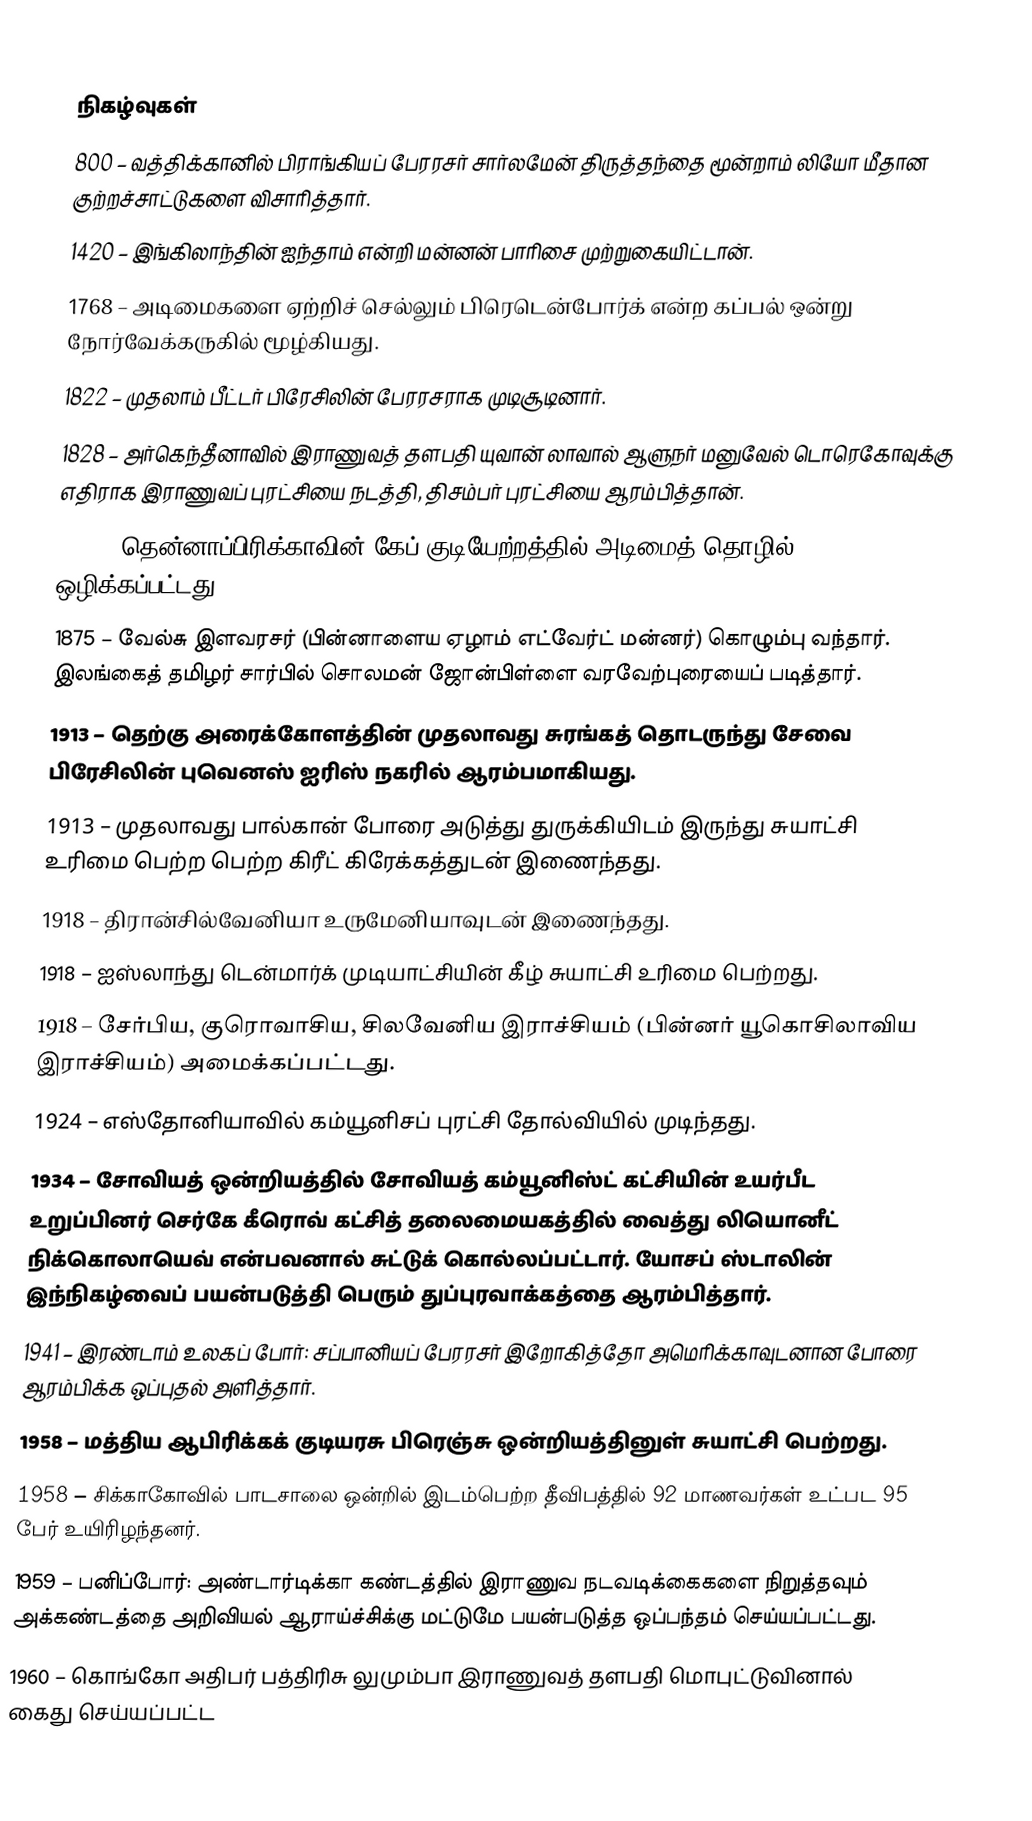

நிகழ்வுகள்
 800 – வத்திக்கானில் பிராங்கியப் பேரரசர் சார்லமேன் திருத்தந்தை மூன்றாம் லியோ மீதான குற்றச்சாட்டுகளை விசாரித்தார்.
1420 – இங்கிலாந்தின் ஐந்தாம் என்றி மன்னன் பாரிசை முற்றுகையிட்டான்.
1768 – அடிமைகளை ஏற்றிச் செல்லும் பிரெடென்போர்க் என்ற கப்பல் ஒன்று நோர்வேக்கருகில் மூழ்கியது.
1822 – முதலாம் பீட்டர் பிரேசிலின் பேரரசராக முடிசூடினார்.
1828 – அர்கெந்தீனாவில் இராணுவத் தளபதி யுவான் லாவால் ஆளுநர் மனுவேல் டொரெகோவுக்கு எதிராக இராணுவப் புரட்சியை நடத்தி, திசம்பர் புரட்சியை ஆரம்பித்தான்.
1834 – தென்னாப்பிரிக்காவின் கேப் குடியேற்றத்தில் அடிமைத் தொழில் ஒழிக்கப்பட்டது.
1875 – வேல்சு இளவரசர் (பின்னாளைய ஏழாம் எட்வேர்ட் மன்னர்) கொழும்பு வந்தார். இலங்கைத் தமிழர் சார்பில் சொலமன் ஜோன்பிள்ளை வரவேற்புரையைப் படித்தார்.
1913 – தெற்கு அரைக்கோளத்தின் முதலாவது சுரங்கத் தொடருந்து சேவை பிரேசிலின் புவெனஸ் ஐரிஸ் நகரில் ஆரம்பமாகியது.
1913 – முதலாவது பால்கான் போரை அடுத்து துருக்கியிடம் இருந்து சுயாட்சி உரிமை பெற்ற பெற்ற கிரீட் கிரேக்கத்துடன் இணைந்தது.
1918 – திரான்சில்வேனியா உருமேனியாவுடன் இணைந்தது.
1918 – ஐஸ்லாந்து டென்மார்க் முடியாட்சியின் கீழ் சுயாட்சி உரிமை பெற்றது.
1918 – சேர்பிய, குரொவாசிய, சிலவேனிய இராச்சியம் (பின்னர் யூகொசிலாவிய இராச்சியம்) அமைக்கப்பட்டது.
1924 – எஸ்தோனியாவில் கம்யூனிசப் புரட்சி தோல்வியில் முடிந்தது.
1934 – சோவியத் ஒன்றியத்தில் சோவியத் கம்யூனிஸ்ட் கட்சியின் உயர்பீட உறுப்பினர் செர்கே கீரொவ் கட்சித் தலைமையகத்தில் வைத்து லியொனீட் நிக்கொலாயெவ் என்பவனால் சுட்டுக் கொல்லப்பட்டார். யோசப் ஸ்டாலின் இந்நிகழ்வைப் பயன்படுத்தி பெரும் துப்புரவாக்கத்தை ஆரம்பித்தார்.
1941 – இரண்டாம் உலகப் போர்: சப்பானியப் பேரரசர் இறோகித்தோ அமெரிக்காவுடனான போரை ஆரம்பிக்க ஒப்புதல் அளித்தார்.
1958 – மத்திய ஆபிரிக்கக் குடியரசு பிரெஞ்சு ஒன்றியத்தினுள் சுயாட்சி பெற்றது.
1958 – சிக்காகோவில் பாடசாலை ஒன்றில் இடம்பெற்ற தீவிபத்தில் 92 மாணவர்கள் உட்பட 95 பேர் உயிரிழந்தனர்.
1959 – பனிப்போர்: அண்டார்டிக்கா கண்டத்தில் இராணுவ நடவடிக்கைகளை நிறுத்தவும் அக்கண்டத்தை அறிவியல் ஆராய்ச்சிக்கு மட்டுமே பயன்படுத்த ஒப்பந்தம் செய்யப்பட்டது.
1960 – கொங்கோ அதிபர் பத்திரிசு லுமும்பா இராணுவத் தளபதி மொபுட்டுவினால் கைது செய்யப்பட்ட